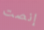
إنصت